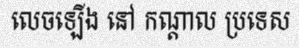
លេចឡើង នៅ កណ្តាល ប្រទេស